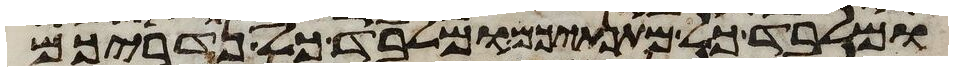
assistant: ומלבד כל מתנתיכם ומלבד כל נדריכם